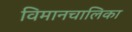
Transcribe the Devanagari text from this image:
विमानचालिका